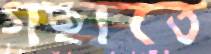
গছাতে